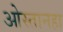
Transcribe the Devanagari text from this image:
ओस्तानहा